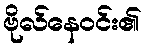
ဗိုလ်နေဝင်း၏